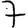
Digit: 7